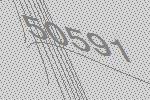
50591